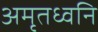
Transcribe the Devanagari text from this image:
अमृतध्वनि